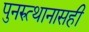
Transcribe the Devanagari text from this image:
पुनरुत्थानासही